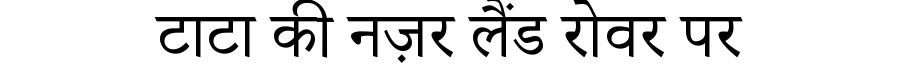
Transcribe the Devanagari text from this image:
टाटा की नज़र लैंड रोवर पर